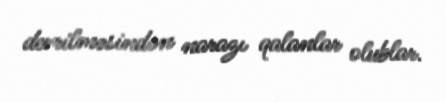
devrilməsindən narazı qalanlar olublar.